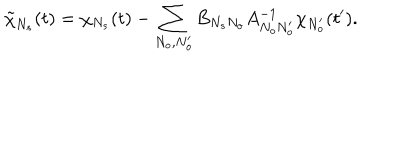
\tilde { \chi } _ { N _ { s } } ( t ) = \chi _ { N _ { s } } ( t ) - \sum _ { N _ { o } , N _ { o } ^ { \prime } } B _ { N _ { s } N _ { o } } A _ { N _ { o } N _ { o } ^ { \prime } } ^ { - 1 } \chi _ { N _ { o } ^ { \prime } } ( t ^ { \prime } ) .